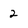
Character: 2